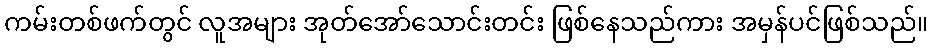
ကမ်းတစ်ဖက်တွင် လူအများ အုတ်အော်သောင်းတင်း ဖြစ်နေသည်ကား အမှန်ပင်ဖြစ်သည်။